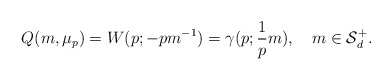
\begin{align*} Q(m,\mu_p)=W(p; -pm^{-1})=\gamma(p;\frac1p m),\ \ \ m\in \mathcal{S}_d^+. \end{align*}